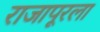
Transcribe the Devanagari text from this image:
राजापूरला